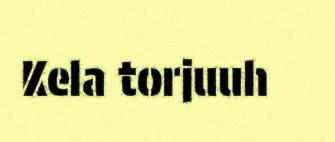
Kela torjuuh